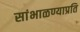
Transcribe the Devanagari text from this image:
सांभाळण्याप्रति